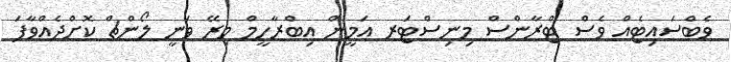
ވެބްސައިޓެއް ވެސް ޓްރާންސް މިނިސްޓަރ އަމީން އިބްރާހީމް މިރޭ ވަނީ ލޯންޗް ކޮށްދެއްވާފަ